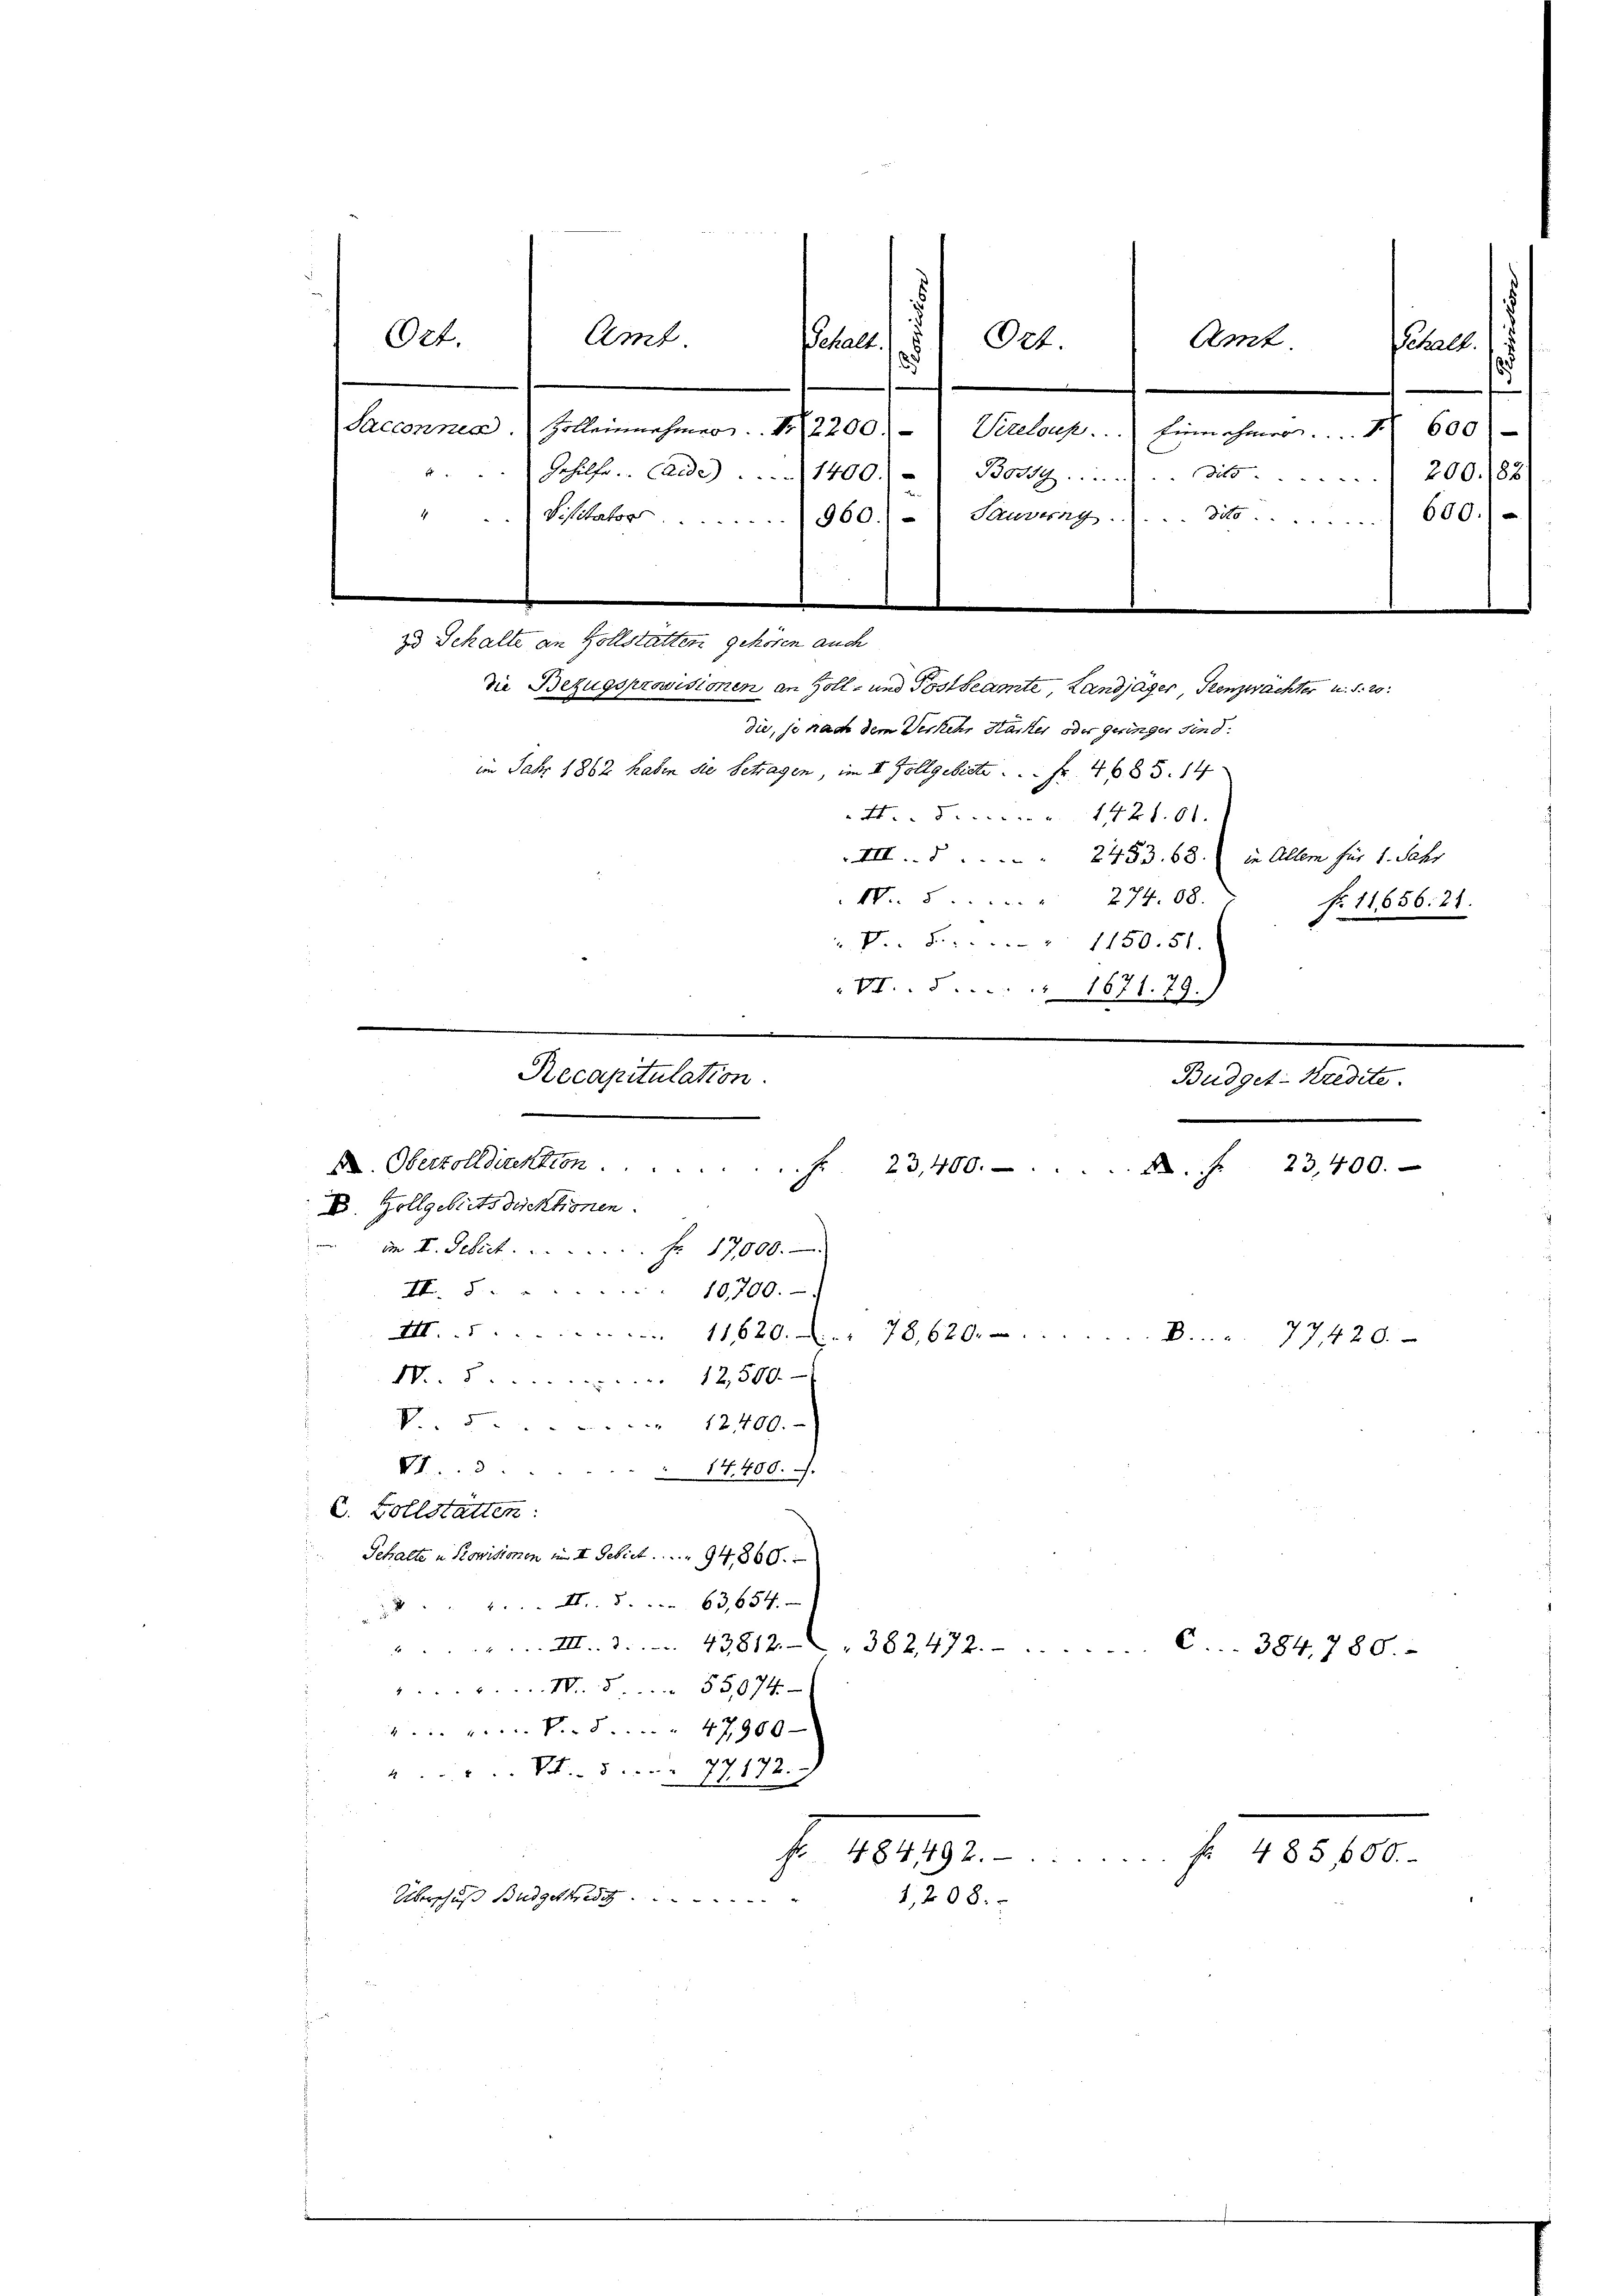
Ort.

zu Schalte an Vollstätten gehören auch
im Jahr 1862 haben die betragen, im I. Zollgebiete . . . fr. 4683. 14
4.5. 1421. 61.
III 2453. 68. in Allem für 1. Jahr
N.. . . . . . 274. 68.
f. 11656. 21.
 P. F. . . . . 1150. 51.
VI....... 1671. 79.

Recapitulation
Budget-Kredite.
A. Obertolldirektion.
f. 23,400. 22. S. 23,400.
D. Zollgebiets direktionen.
 im I. Debit ..  ..  ..  Fr. 17,000.
I. §. 10700.-
II.11620.... 78,620.- ....
 77420.
IV..12,500.-

Amt

V. 12400.
7.3.
14. 400.
C. Vollstätten:
Gehalte u. Provisionen im II. Gebiet 94860.
63,654.
2
M....... 43812. " 382472....
N. 555,074.
P. 47900
77172.
 Von der
11.
f. 1819.
Überschuß Budgetkredit .........

t
1
d

Amt
Ort.
abel.
Schalk.
5
Sacconna. Zolleinnehmer. Nr. 2200. - Vereloup. Einnahmer . . . . 600
Gehilfe. - Carde   . . . . . . . . 1400. - Boz . . . . . . . die 200. 188
Visitator. 960. - Sauvang.)... 3600.
e

1,208.

die Bezugsprovisionen an Zoll- und Postbeamte, Landjäger, Kenzwachter
die, je nach dem Verkehr Hacker oder geringer sind.

C. 384, 780.

485 f 00.